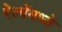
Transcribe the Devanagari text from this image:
रेल्वेंमध्ये